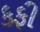
કફી